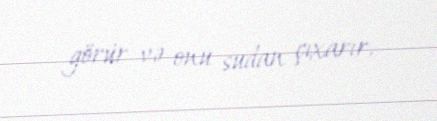
görür və onu sudan çıxarır.